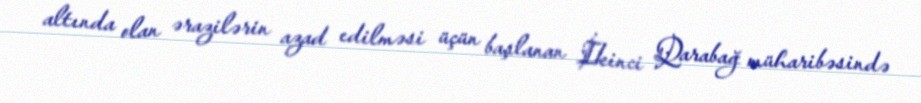
altında olan ərazilərin azad edilməsi üçün başlanan İkinci Qarabağ müharibəsində